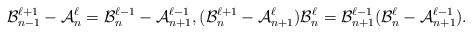
LaTeX: \begin{align*}\mathcal{B}_{n-1}^{\ell+1}-\mathcal{A}_n^\ell=\mathcal{B}_n^{\ell-1}-\mathcal{A}_{n+1}^{\ell-1},(\mathcal{B}_n^{\ell+1}-\mathcal{A}_{n+1}^\ell)\mathcal{B}_n^\ell=\mathcal{B}_{n+1}^{\ell-1}(\mathcal{B}_n^\ell-\mathcal{A}_{n+1}^{\ell-1}).\end{align*}